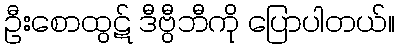
ဦးစောထွဋ် ဒီဗွီဘီကို ပြောပါတယ်။